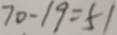
7 0 - 1 9 = 5 1